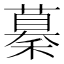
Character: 𥢞